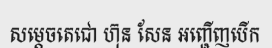
សម្តេចតេជោ ហ៊ុន សែន អញ្ជើញបើក